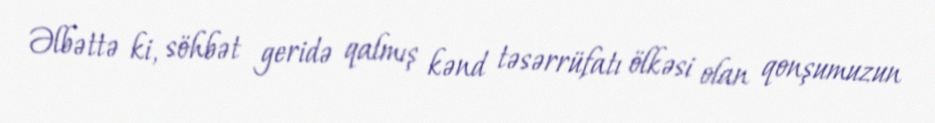
Əlbəttə ki, söhbət geridə qalmış kənd təsərrüfatı ölkəsi olan qonşumuzun